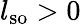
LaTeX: l_{\mathrm{so}}>0